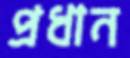
প্রধান